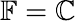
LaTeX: \mathbb{F}=\mathbb{C}